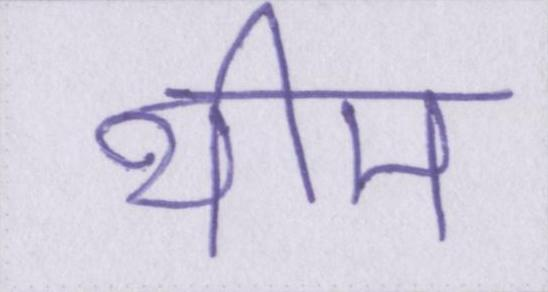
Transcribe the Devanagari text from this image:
थीम